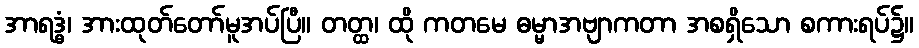
အာရဒ္ဓံ၊ အားထုတ်တော်မူအပ်ပြီ။ တတ္ထ၊ ထို ကတမေ ဓမ္မာအဗျာကတာ အစရှိသော စကားရပ်၌။